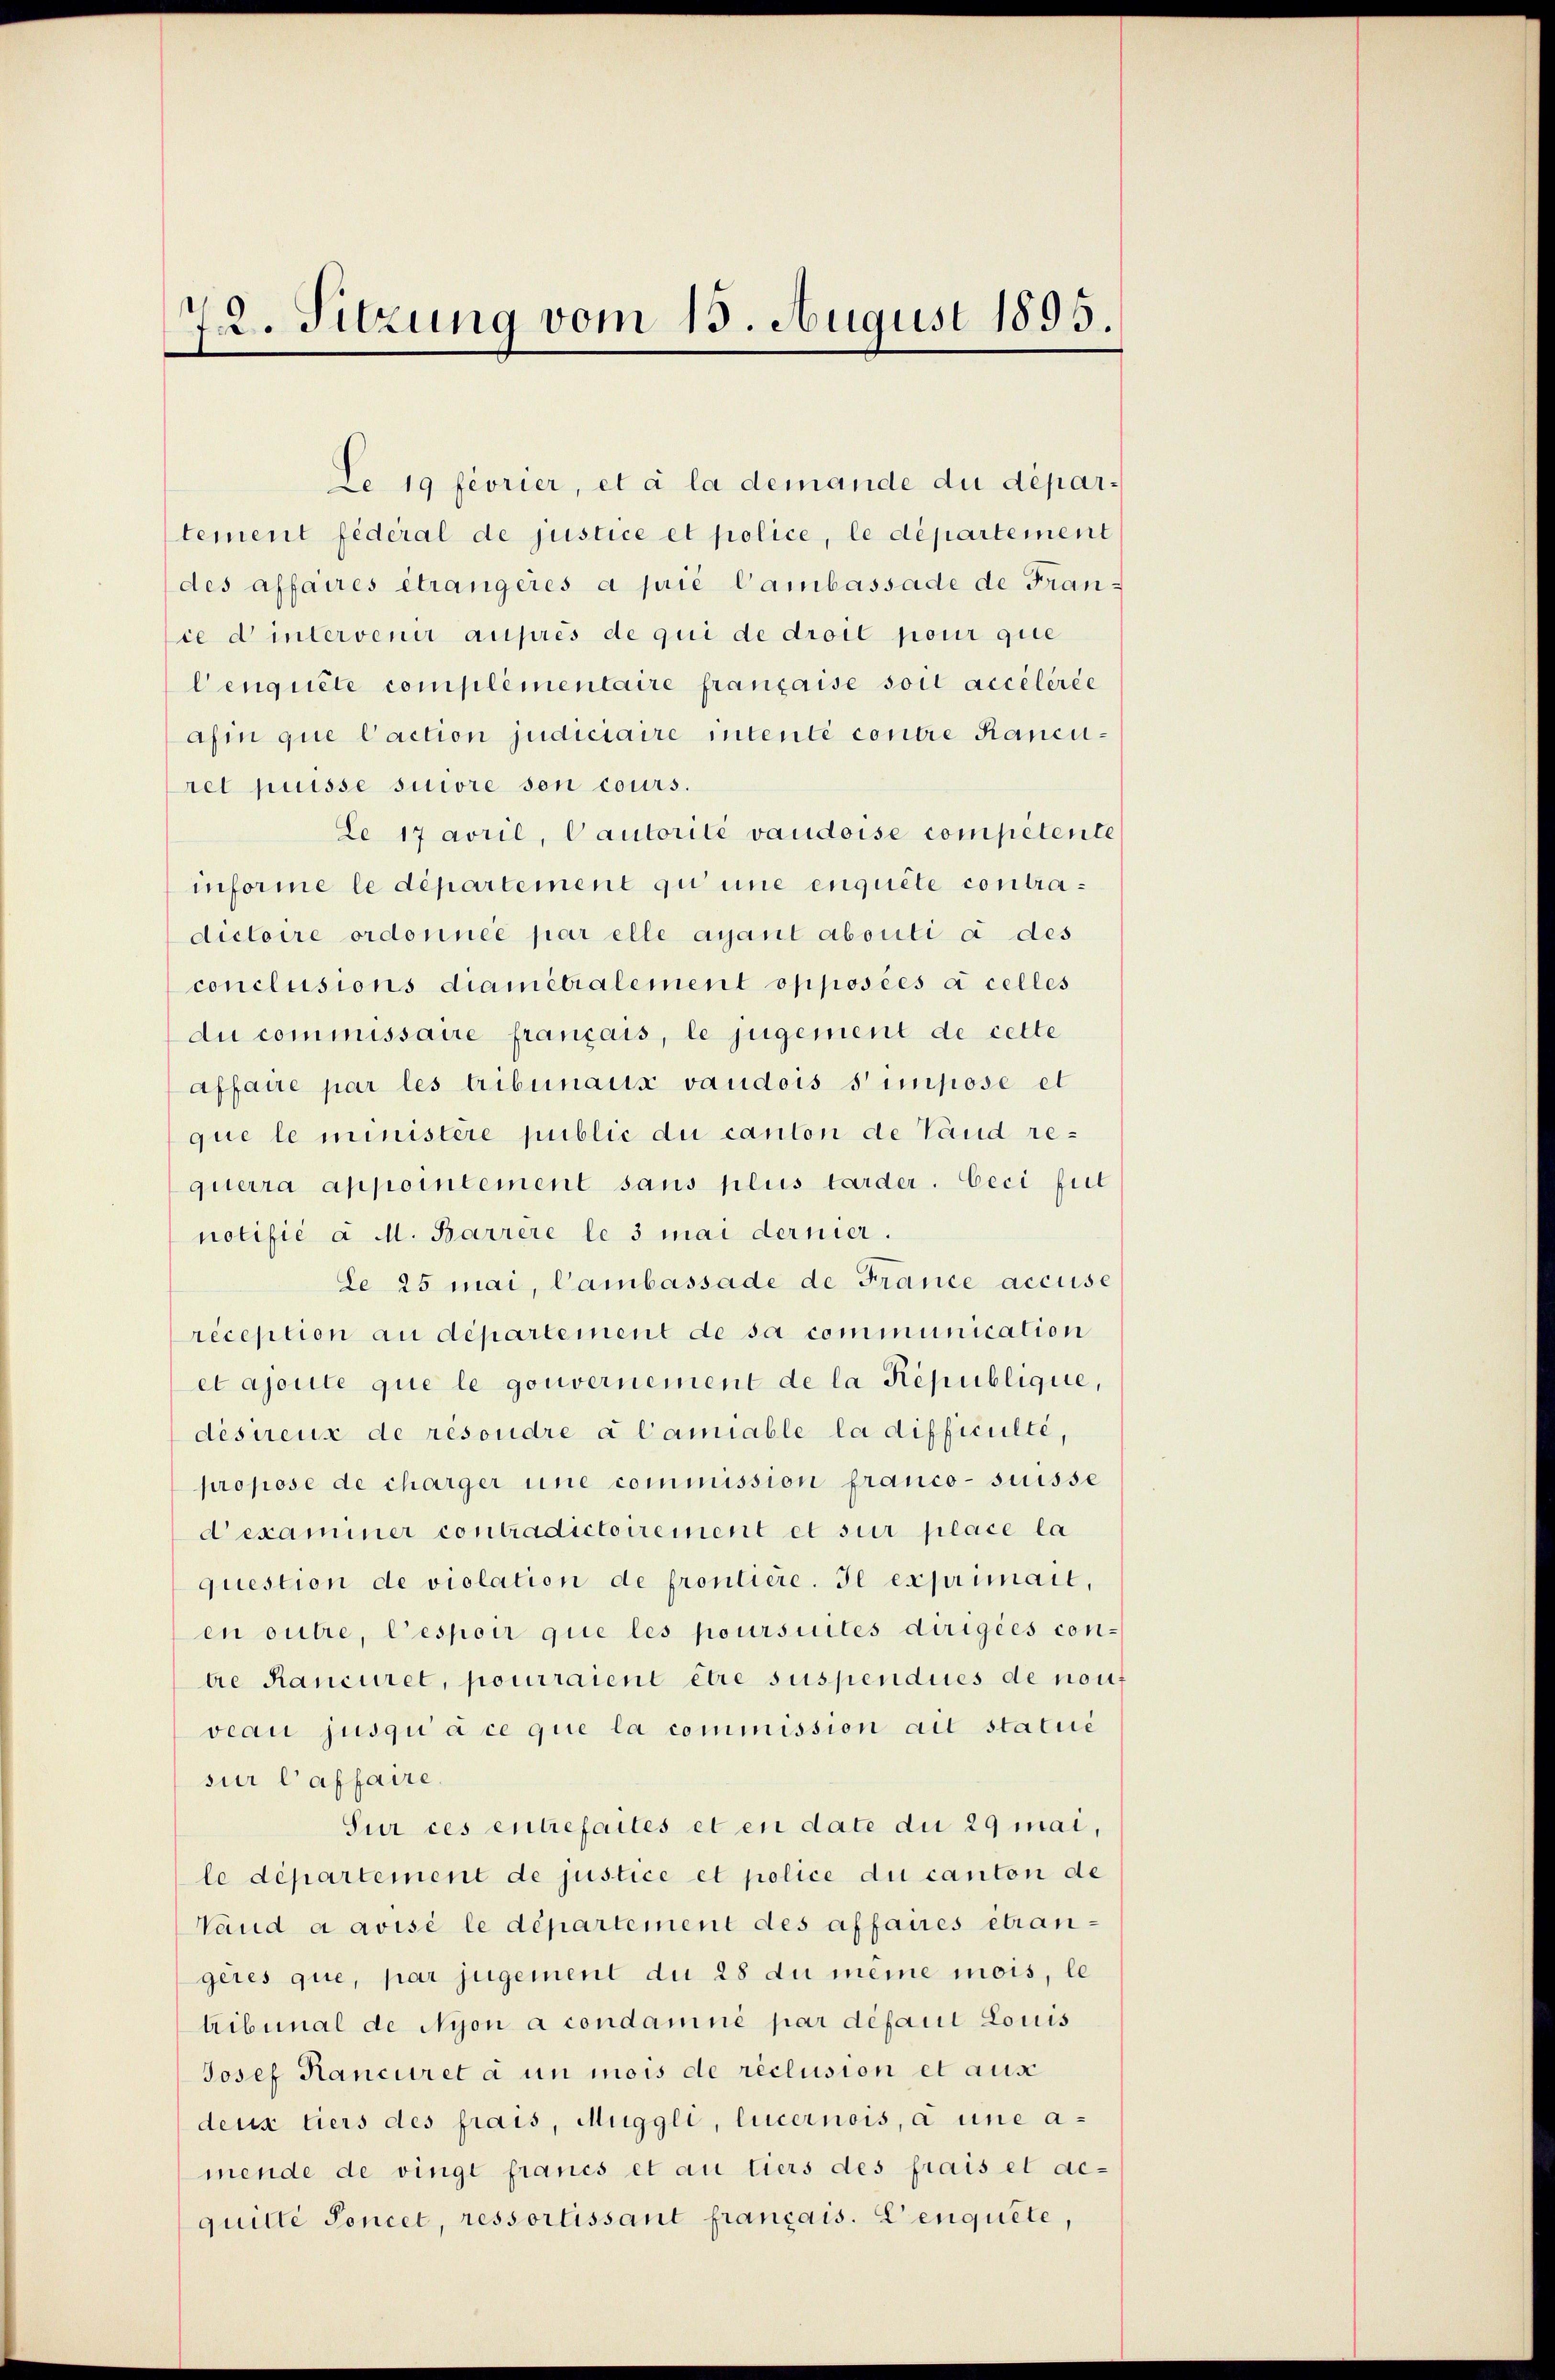
72. Sitzung vom 15. August 1895.

Le 19 feorier, et à la demande du département fédéral de justice et police, le département
des affaires étrangeres a prie Cambassade de France d intervenir auprès de qui de droit pour que
lenquête complementaire française soit accélérée
afin que Caction judiciaire intenté contre Raneuret puisse suivre son cours.
Le 17 avril, Cautorité vaudoise competente
informe le département qu’une enquête contradictoire ordonnée par elle ayant abouti à des
conclusions diametrialement opposées à celles
du commissaire français, le jugement de cette
affaire par les tribunaux vaudois simpose et
que le ministère public du canton de Land requerra appointement sans plus tarder. Ceci fil
notifié a M. Barrere le 3 mai dernier.
Le 25 mai, Cambassade de France accuse
reception au departement de sa communication
etajoute que le gouvernement de la République,
désireux de resondre à l’amiable la difficulte,
propose de charger une commission franco- suisse
d examiner contradictoirement et sur place la
question de violation de frontiere. Je exprimail,
en outre, l’espoir que les poursuites dirigées contrie Ranciret, pourraient être suspendues de nouf
veau jusqu’ à ce que la commission ait statué
sur l’affaire.
Sur ces entrefaites et en date du 29 mai,
le département de justice et police du canton de
Vaud a avisé le département des affaires étrangeres que, par jugement du 28 du meine mois, le
tribunal de Nyon a condamné par défaut Louis
Josef Hanciret à un mois de réclusion et aus
deux tiers des frais, Muggli, lucernois, à une a-
mende de vinge francs et au tiers des frais et ac-
quitte Poncel, ressortissant français. Cenquete,